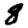
Digit: 8